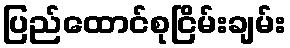
ပြည်ထောင်စုငြိမ်းချမ်း